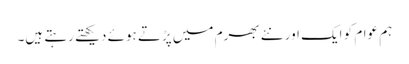
ہم عوام کو ایک اور نئے بھرم میں پڑتے ہوئے دیکھتے رہتے ہیں۔